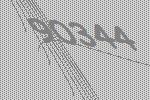
90344